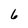
Character: 6